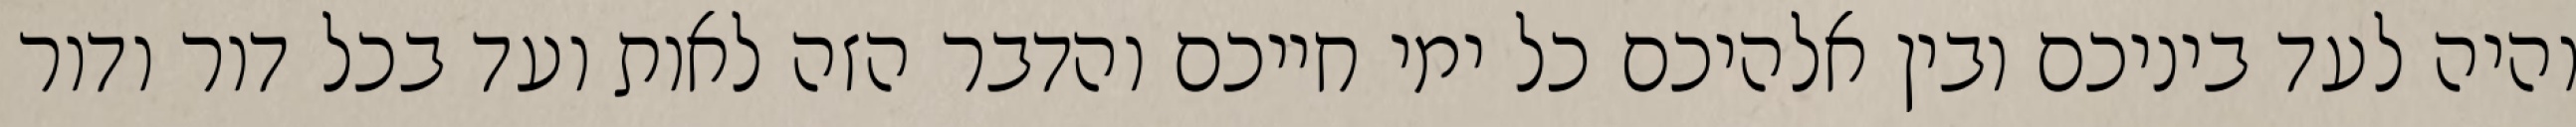
והיה לעד ביניכם ובין אלהיכם כל ימי חייכם והדבר הזה לאות ועד בכל דור ודור